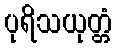
ပုရိသယုတ္တံ